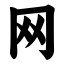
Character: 网